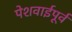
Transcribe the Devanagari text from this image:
पेशवाईपूर्व